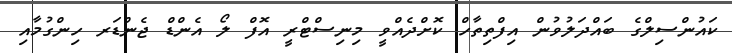
ކައުންސިލްގެ ބައްދަލުވުން އިފްތިތާހް ކޮށްދެއްވީ މިނިސްޓްރީ އޮފް ލޯ އެންޑް ޖެންޑަރ ހިންގުމާއި